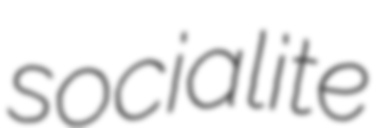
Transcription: socialite